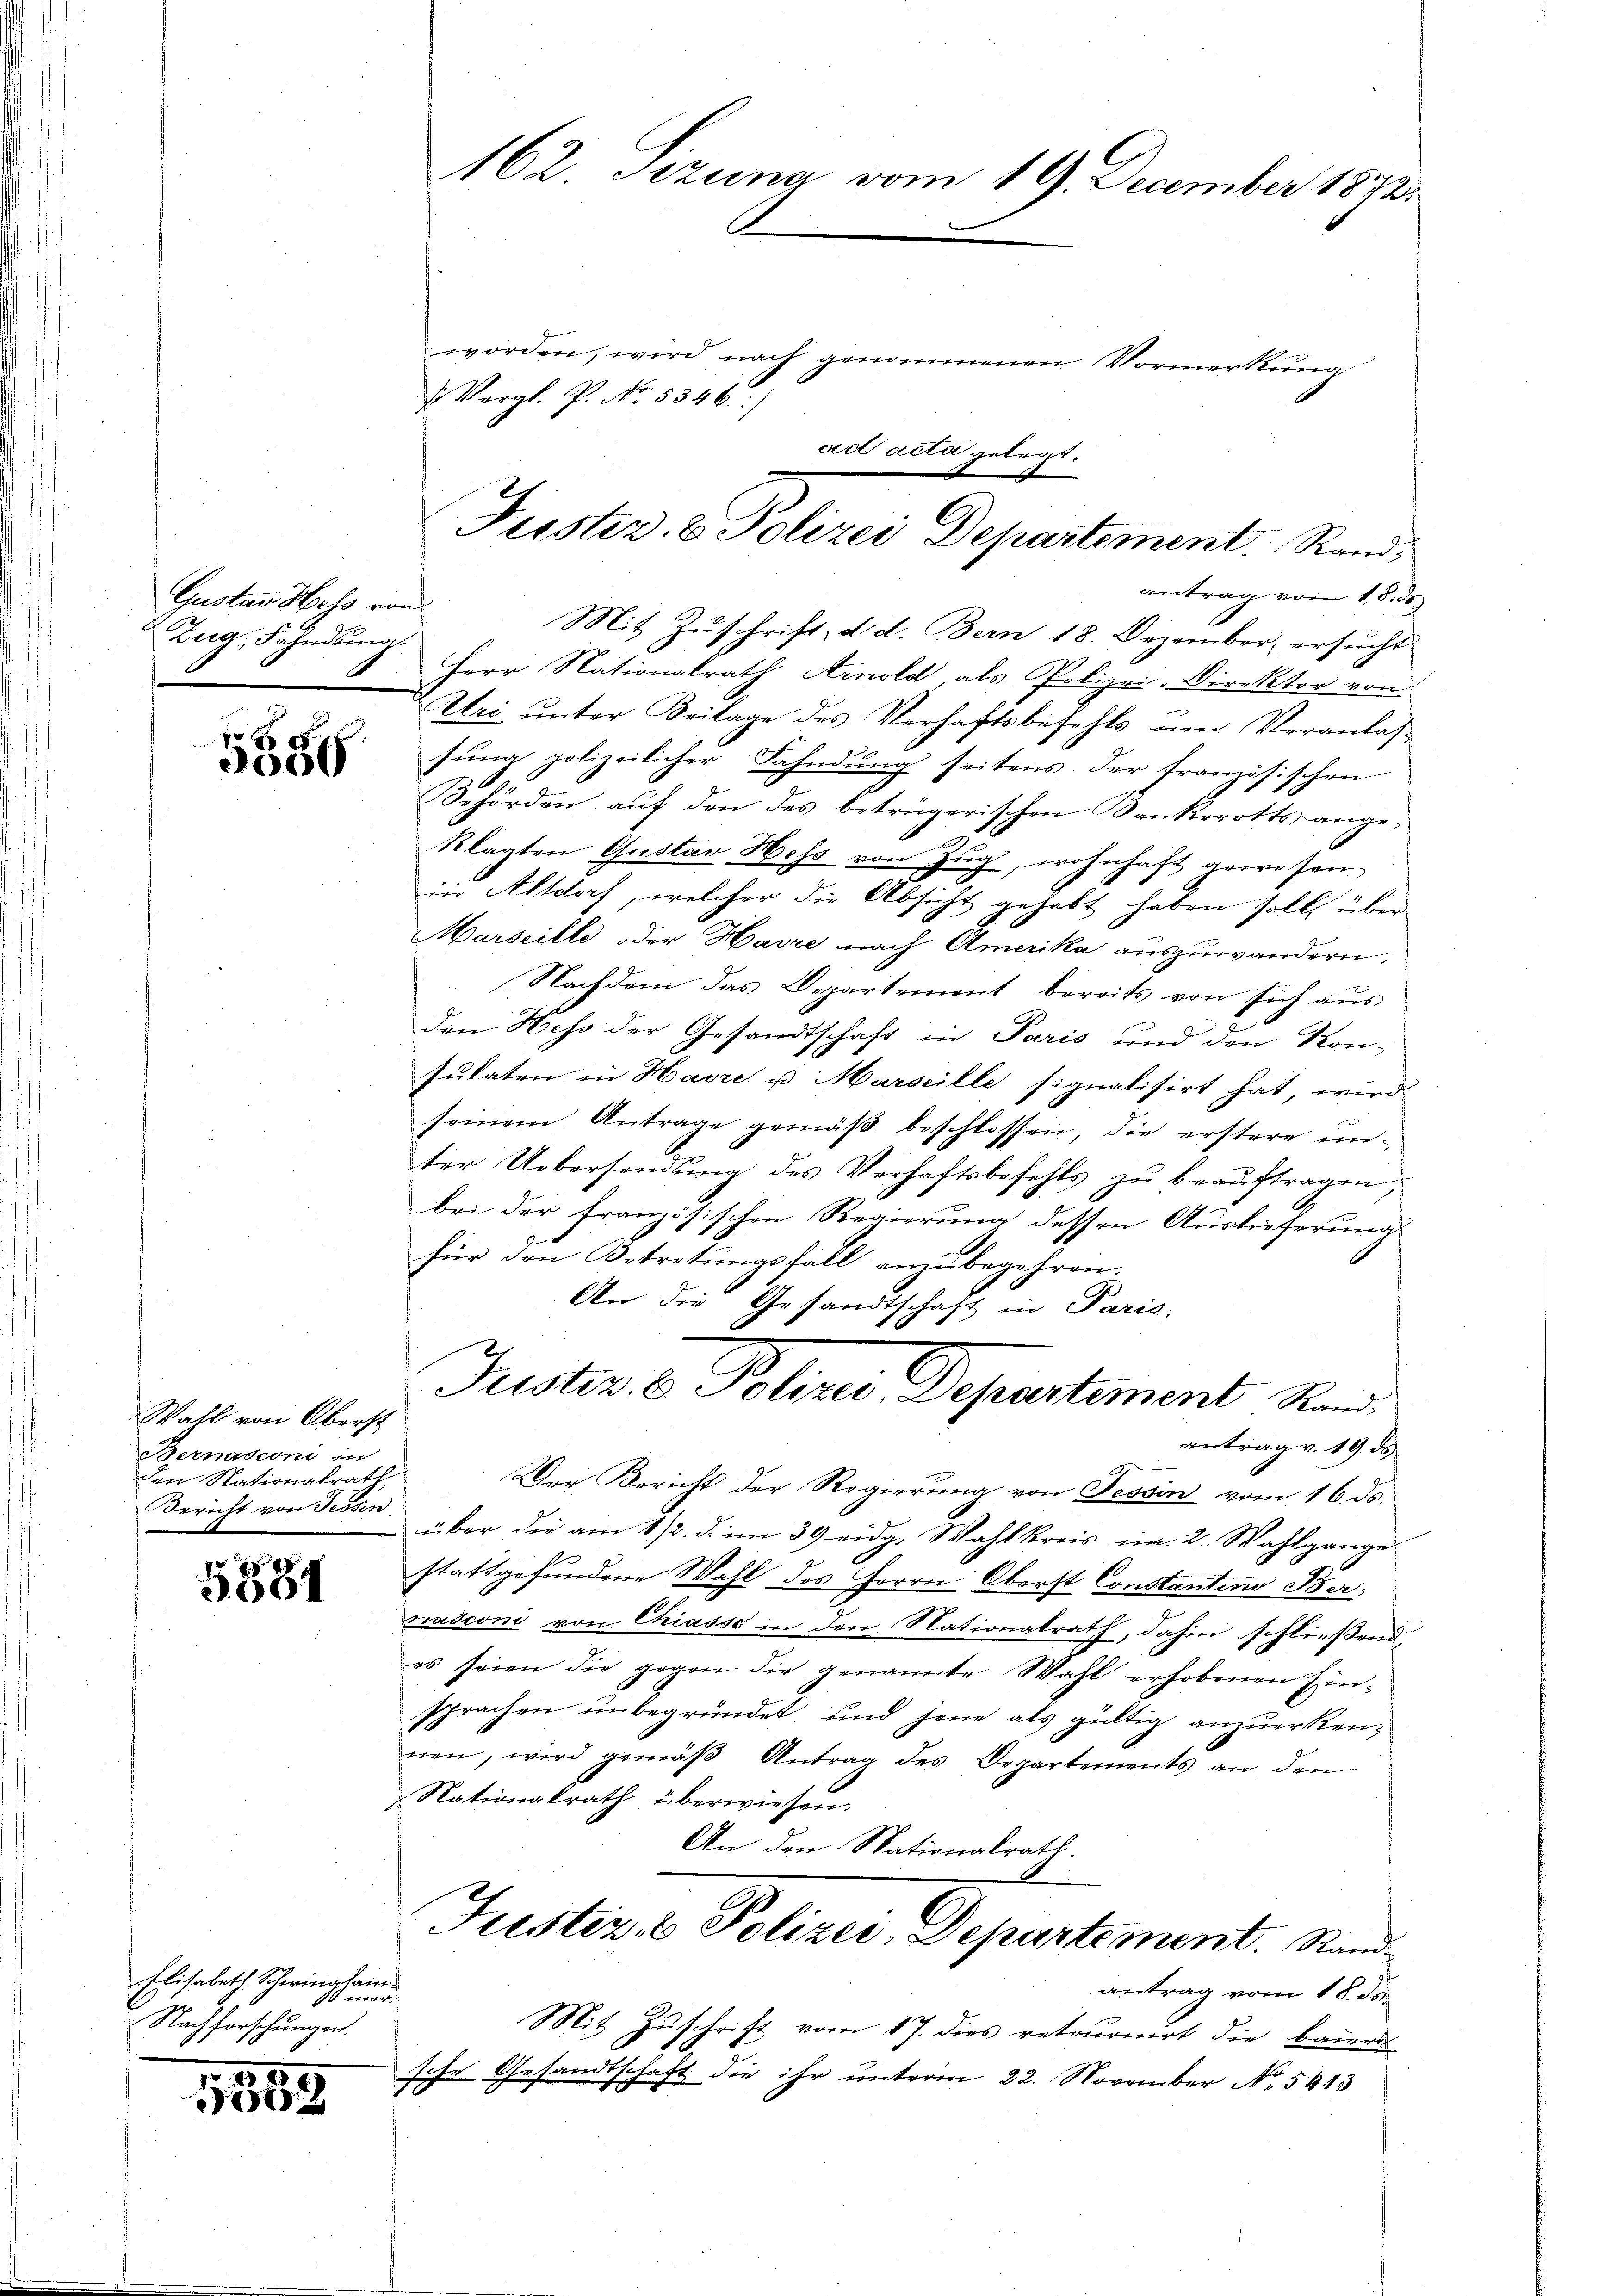
Gustav Hess von
Zug, Fahndŭng.
E

5586

Wahl von Oberst
Bernasconi in
den Nationalrath
Bericht von Tessin

5881

Elisabeth Schwingham.
er
Nachforschungen.

11152

162. Sezung vom 19. December 1872

worden, wird nach genommenen Vormerkung
Vergl. P. No. 5346:
antrag vom 18. ds.
Mit Zuschrift, d. d. Bern 18. Dezember, ersucht
Herr Nationalrath Arnold als Polizei-Direktor von
Uri unter Beilage des Verhaftsbefehls um Veranlaß
sung polizeilicher Fahndung seitens der Französischen
Behörden auf den des betrügerischen Bankerotts angeklagten Gustav Hess von Zug, wohnhaft gewesen
in Altdorf, welcher die Absicht gehabt haben soll über
Marseille oder Harze nach Amerika auszuwandern.
Nachdem das Departement bereits von sich aus
den Hess der Gesandtschaft in Paris und den Kon-
sulaten in Havre u Marseille signalisirt hat wird
seinem Antrage gemäβ beschlossen, die erstere unter Uebersendung des Verhaftsbefehls zu beauftragen
bei der französischen Regierung dessen Auslieferung
für den Betretungsfall anzubegehren.
An die Gesandtschaft in Paris,
Justiz- & Polizei Departement Stand
antrag v. 19. ds
Der Bericht der Regierung von Tessin vom 16. ds.
über die am 1/2. d. im 39 eidg. Wahlkreis im 2. Wahlgange
stattgefundene Wahl des Herrn Oberst Constantino Bernasconi von Chiasso in den Nationalrath, dahin schließend,
es seien die gegen die genannte Wahl erhobenen Ein-
sprachen unbegründet und jene als gültig anzuerkennen, wird gemäß Antrag des Departements an den
Nationalrath überwiesen.
An den Nationalrath
Fustiz & Polizei, Departement. Stand
antrag vom 18. ds.
Mit Zuschrift vom 17. dies retournirt die Bauern
sche Gesandtschaft die ihr unterm 22. November No. 5413

Act acta gelegt.
Justiz & Polizei Departement. Rand